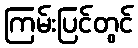
ကြမ်းပြင်တွင်